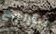
ليتراجع